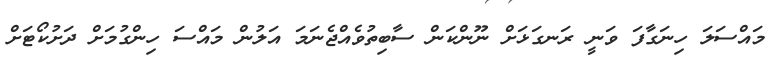
މައްސަލަ ހިނަގާފަ ވަނީ ރަނގަޅަށް ނޫންކަން ސާބިތުވެއްޖެނަމަ އަލުން މައްސަ ހިންގުމަށް ދަށުކޯޓަށް